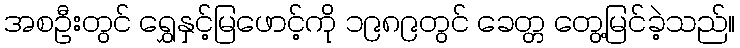
အစဦးတွင် ရွှေနှင့်မြဖောင့်ကို ၁၉၈၉တွင် ခေတ္တ တွေ့မြင်ခဲ့သည်။